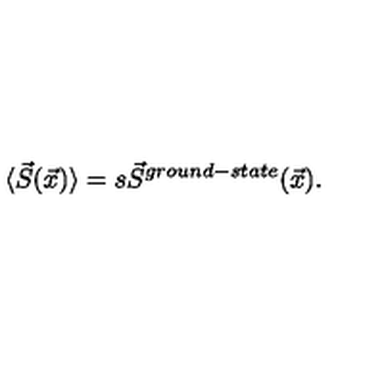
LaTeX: \langle \vec { S } ( \vec { x } ) \rangle = s \vec { S } ^ { g r o u n d - s t a t e } ( \vec { x } ) .